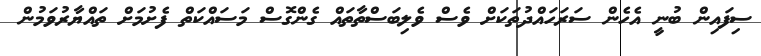
ސިފައިން ބުނީ އެހެން ސަރަހައްދުތަކަށް ވެސް ވެލިބަސްތާތައް ގެންގޮސް މަސައްކަތް ފެށުމަށް ތައްޔާރުވަމުން